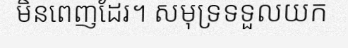
មិនពេញដែរ។ សមុទ្រទទួលយក